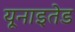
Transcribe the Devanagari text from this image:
यूनाइतेड